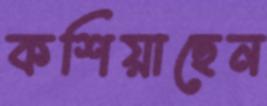
কশিয়াছেন